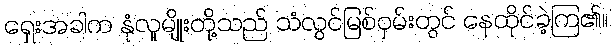
ရှေးအခါက နုံလူမျိုးတို့သည် သံလွင်မြစ်ဝှမ်းတွင် နေထိုင်ခဲ့ကြ၏။